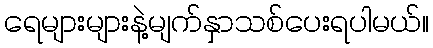
ရေများများနဲ့မျက်နှာသစ်ပေးရပါမယ်။